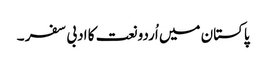
پاکستان میں اُردو نعت کا ادبی سفر ۔